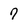
Character: 7